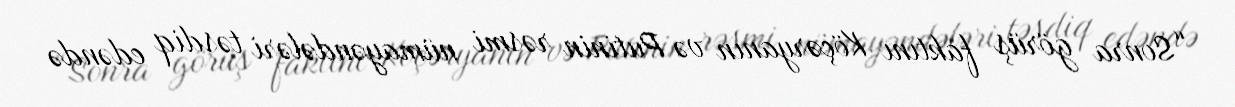
“Sonra görüş faktını Köçəryanın və Putinin rəsmi nümayəndələri təsdiq edəndə